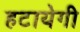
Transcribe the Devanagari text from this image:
हटायेगी